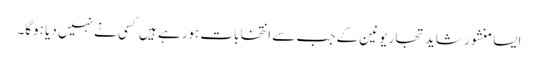
ایسا منشور شاید تجار یونین کے جب سے انتخابات ہورہے ہیں کسی نے نہیں دیا ہوگا۔